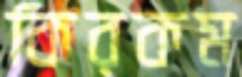
কিরকম